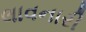
લાવનારી